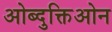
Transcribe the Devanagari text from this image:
ओब्दुक्तिओन